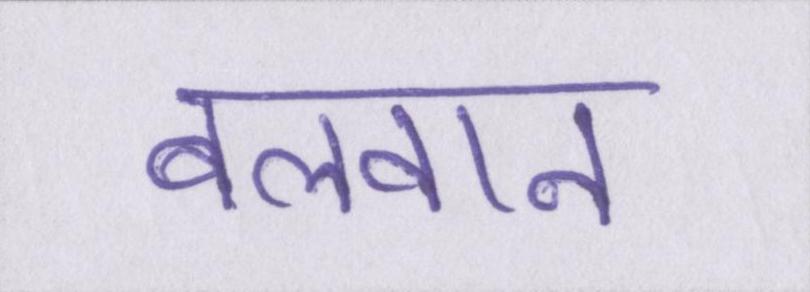
बलवान